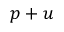
p + u